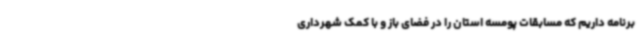
برنامه داریم که مسابقات پومسه استان را در فضای باز و با کمک شهرداری